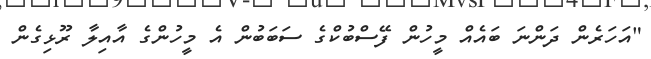
"އަހަރެން ދަންނަ ބައެއް މީހުން ފޭސްބުކްގެ ސަބަބުން އެ މީހުންގެ އާއިލާ ރޫޅިގެން